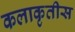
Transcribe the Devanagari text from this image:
कलाकृतीस